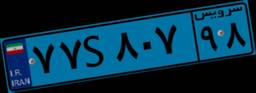
۷۷S۸۰۷۹۸